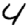
Digit: 4